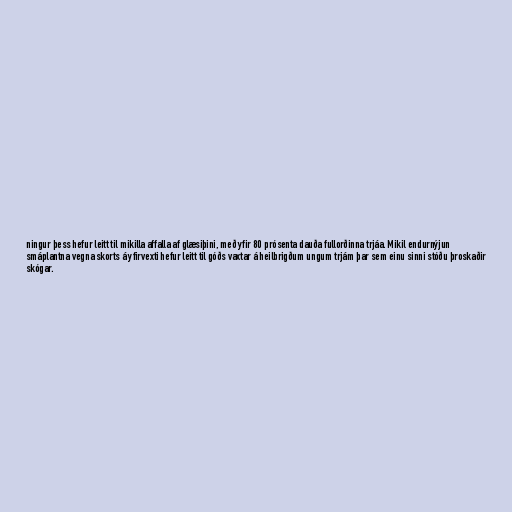
ningur þess hefur leitt til mikilla affalla af glæsiþini, með yfir 80 prósenta dauða fullorðinna trjáa. Mikil endurnýjun
smáplantna vegna skorts á yfirvexti hefur leitt til góðs vaxtar á heilbrigðum ungum trjám þar sem einu sinni stóðu þroskaðir
skógar.